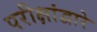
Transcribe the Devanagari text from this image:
परीक्षांद्वारे